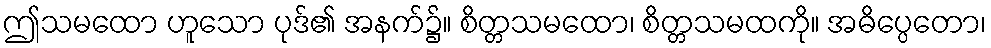
ဤသမထော ဟူသော ပုဒ်၏ အနက်၌။ စိတ္တသမထော၊ စိတ္တသမထကို။ အဓိပ္ပေတော၊